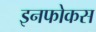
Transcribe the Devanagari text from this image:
इनफोकस